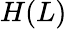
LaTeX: H(L)